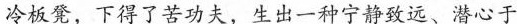
冷板凳，下得了苦功夫，生出一种宁静致远、潜心于